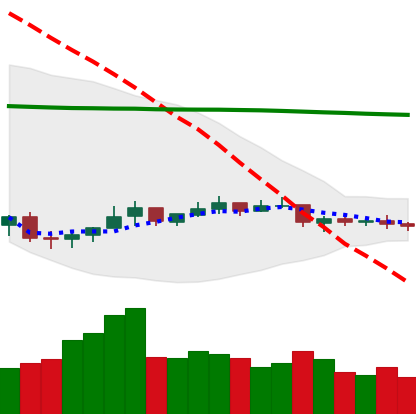
Ticker: NEO-USD
Chart end date: 2021-07-13
Forward return: -10.884%
Label: down_7plus